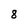
Character: 8